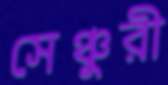
সেঞ্চুরী